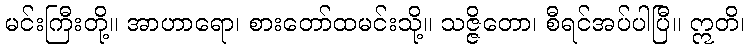
မင်းကြီးတို့။ အာဟာရော၊ စားတော်ထမင်းသို့။ သဇ္ဇိတော၊ စီရင်အပ်ပါပြီ။ ဣတိ၊